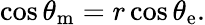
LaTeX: \cos\theta_{\mathrm{{m}}}=r\cos\theta_{\mathrm{{e}}}.